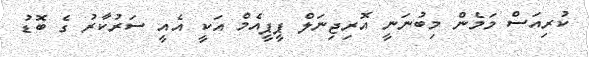
ކުރިއަސް މަމެންް މިބުނަނީ އޮރިޖިނަލް ޕީޕީއެމް އަކީ އެއީ ސަރުކާރު ގެ ބޮޑު